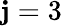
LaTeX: \mathbf{j}=3